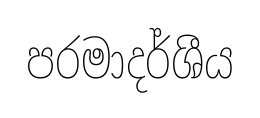
පරමාදර්ශීය